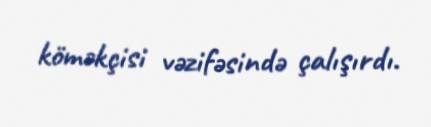
köməkçisi vəzifəsində çalışırdı.